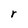
Character: r